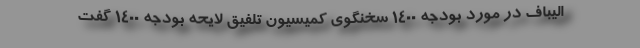
الیباف در مورد بودجه ۱۴۰۰ سخنگوی کمیسیون تلفیق لایحه بودجه ۱۴۰۰ گفت